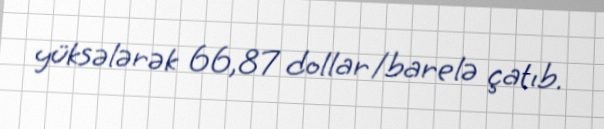
yüksələrək 66,87 dollar/barelə çatıb.